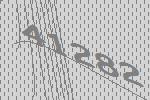
41282